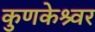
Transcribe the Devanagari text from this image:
कुणकेश्र्वर